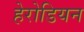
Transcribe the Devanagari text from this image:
हेरोडियन